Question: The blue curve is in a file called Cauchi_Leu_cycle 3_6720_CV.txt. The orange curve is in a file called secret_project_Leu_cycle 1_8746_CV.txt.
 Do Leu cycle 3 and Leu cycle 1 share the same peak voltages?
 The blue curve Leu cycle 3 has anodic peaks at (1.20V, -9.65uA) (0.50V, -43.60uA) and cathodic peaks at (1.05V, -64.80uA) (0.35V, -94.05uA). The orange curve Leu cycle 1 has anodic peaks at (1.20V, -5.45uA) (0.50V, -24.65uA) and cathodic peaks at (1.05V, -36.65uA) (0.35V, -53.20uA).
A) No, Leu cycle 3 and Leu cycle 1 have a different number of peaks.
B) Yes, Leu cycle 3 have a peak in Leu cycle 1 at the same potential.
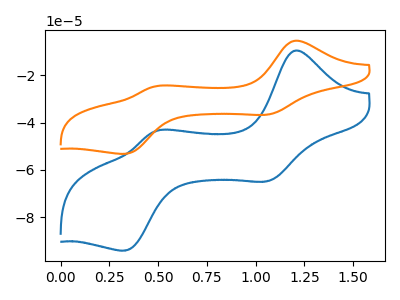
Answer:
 <answer>B) Yes, "Leu cycle 3" have a peak in "Leu cycle 1" at the same potential.</answer>
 <eval>B</eval>